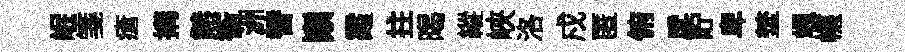
岷箋瘡搆㷱衡洲替巔霞拄暍縱峽洛戍匿俯戽貯卑埜颯幰